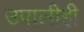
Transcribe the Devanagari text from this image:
उपालीही